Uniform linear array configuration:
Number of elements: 16
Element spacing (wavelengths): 0.5
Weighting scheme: hann
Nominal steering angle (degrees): -45
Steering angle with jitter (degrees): -45.191
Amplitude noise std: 0.05
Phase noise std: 0.05

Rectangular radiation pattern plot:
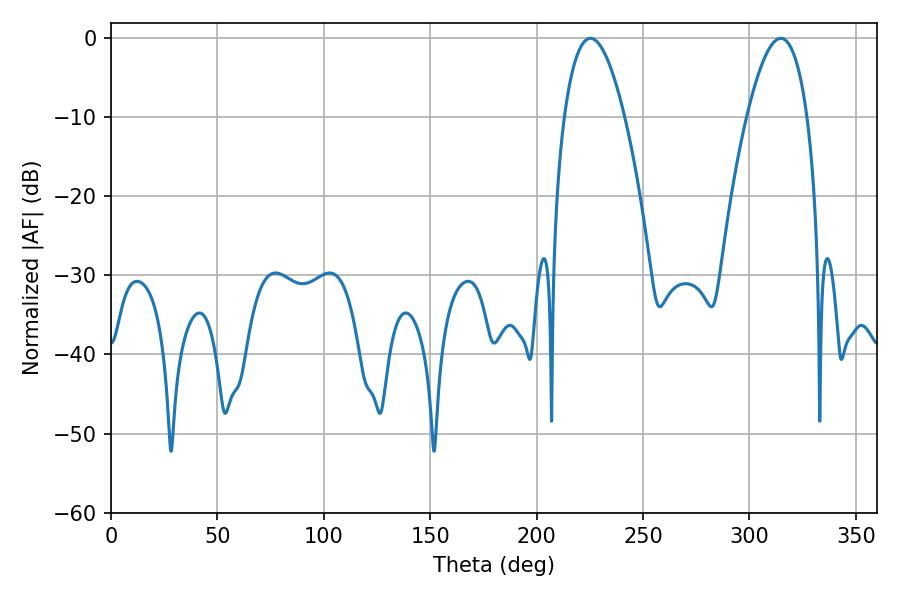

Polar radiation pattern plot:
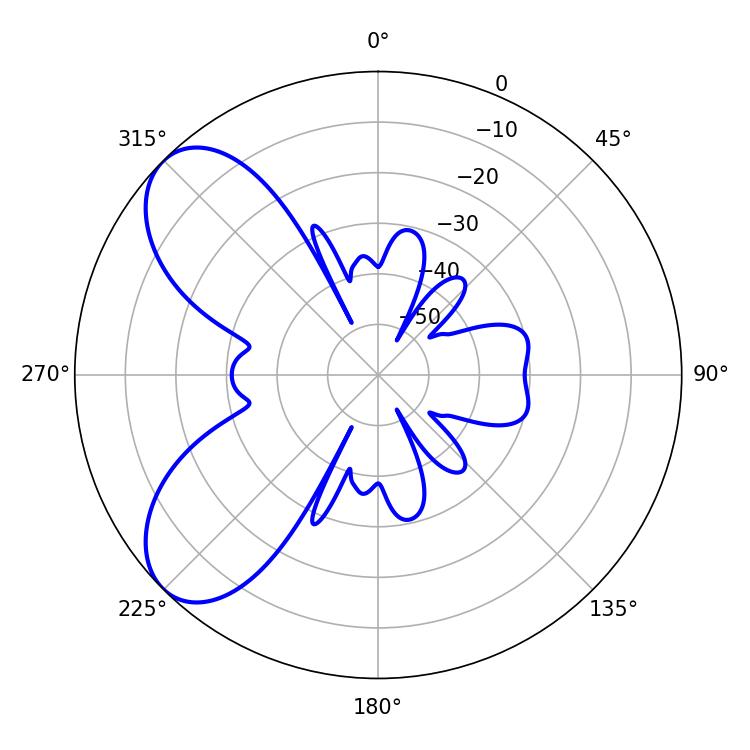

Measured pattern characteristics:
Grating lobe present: FALSE
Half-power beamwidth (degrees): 15.66
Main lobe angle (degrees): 225.36